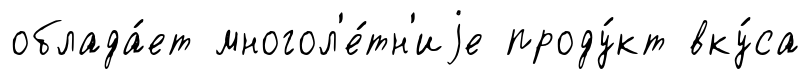
облада́ет многол'е́тн'иjе проду́кт вку́са